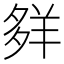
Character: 𦍹